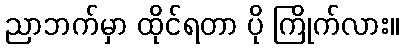
ညာဘက်မှာ ထိုင်ရတာ ပို ကြိုက်လား။